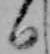
日